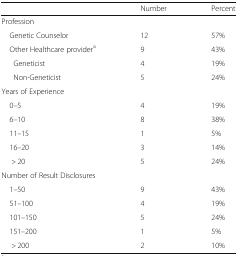
<table><thead><tr><td></td><td><b>Number</b></td><td><b>Percent</b></td></tr></thead><tbody><tr><td>Profession</td><td></td><td></td></tr><tr><td> Genetic Counselor</td><td>12</td><td>57%</td></tr><tr><td> Other Healthcare provider<sup>a</sup></td><td>9</td><td>43%</td></tr><tr><td>Geneticist</td><td>4</td><td>19%</td></tr><tr><td>Non-Geneticist</td><td>5</td><td>24%</td></tr><tr><td colspan="3">Years of Experience</td></tr><tr><td> 0–5</td><td>4</td><td>19%</td></tr><tr><td> 6–10</td><td>8</td><td>38%</td></tr><tr><td> 11–15</td><td>1</td><td>5%</td></tr><tr><td> 16–20</td><td>3</td><td>14%</td></tr><tr><td>&gt; 20</td><td>5</td><td>24%</td></tr><tr><td colspan="3">Number of Result Disclosures</td></tr><tr><td> 1–50</td><td>9</td><td>43%</td></tr><tr><td> 51–100</td><td>4</td><td>19%</td></tr><tr><td> 101–150</td><td>5</td><td>24%</td></tr><tr><td> 151–200</td><td>1</td><td>5%</td></tr><tr><td>&gt; 200</td><td>2</td><td>10%</td></tr></tbody></table>